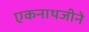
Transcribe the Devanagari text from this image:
एकनाथजीने